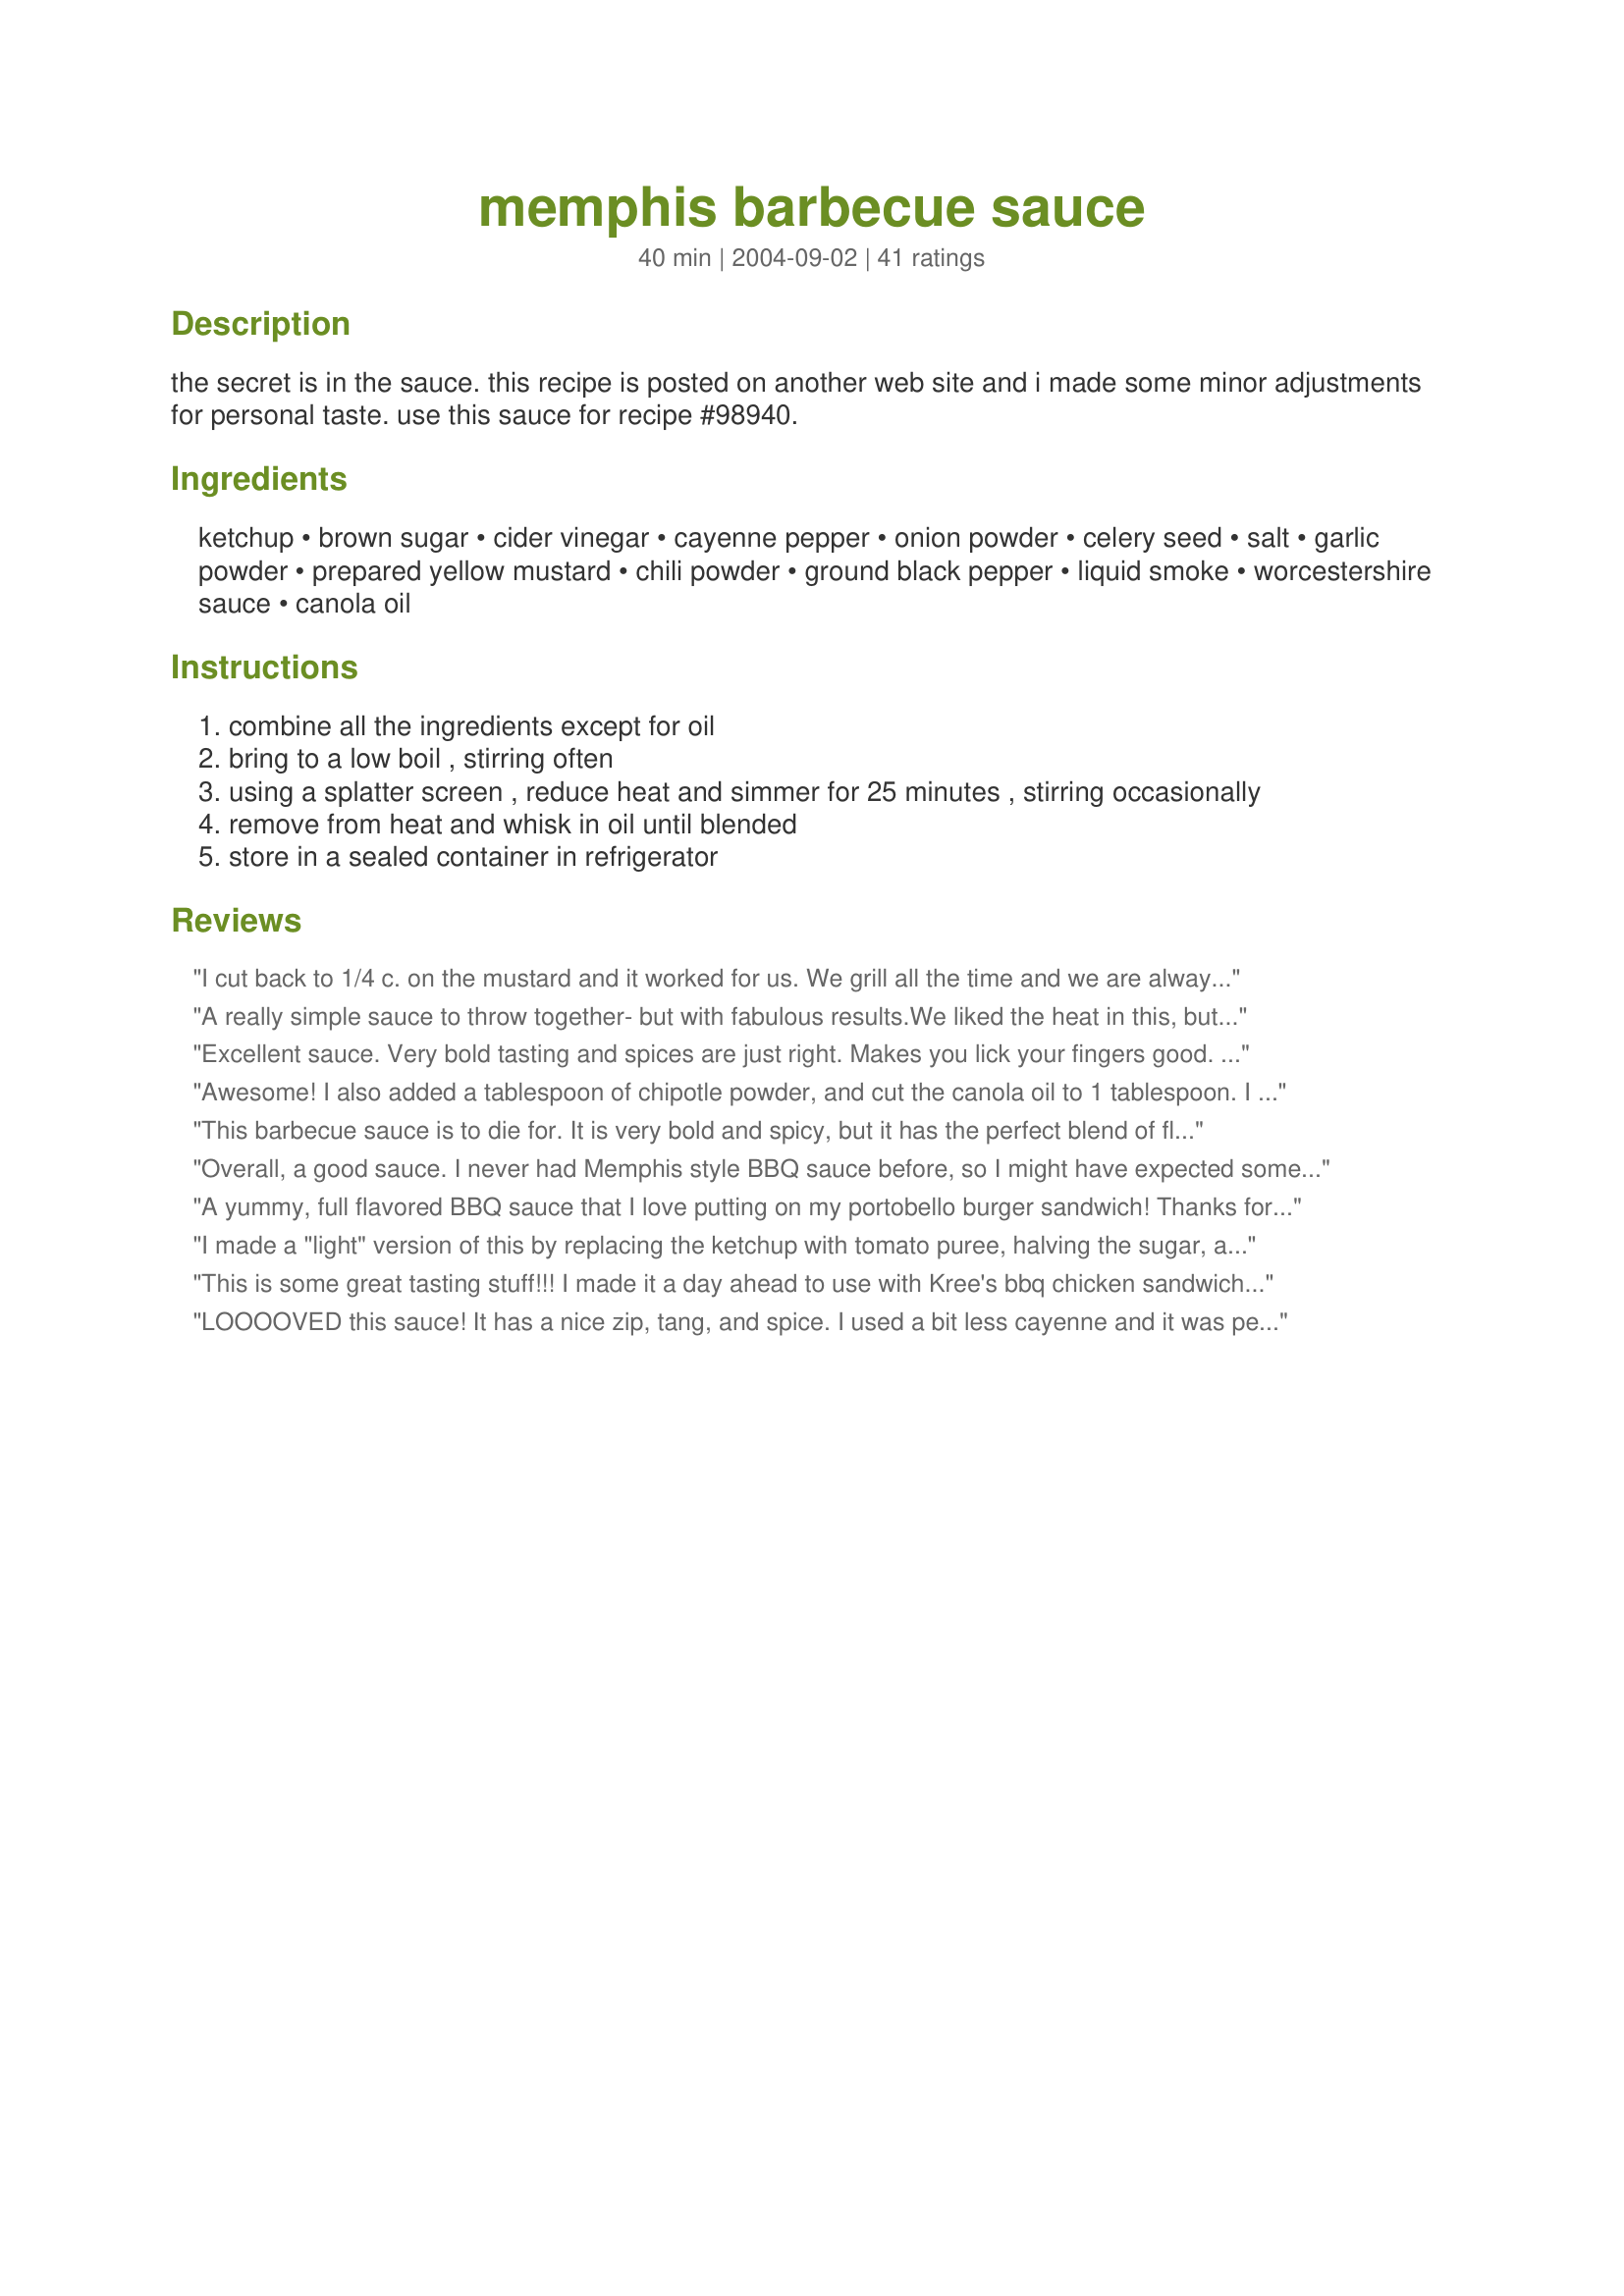
memphis barbecue sauce
Preparation time: 40 minutes

the secret is in the sauce. this recipe is posted on another web site and i made some minor adjustments for personal taste. use this sauce for recipe #98940.

Ingredients:
ketchup, brown sugar, cider vinegar, cayenne pepper, onion powder, celery seed, salt, garlic powder, prepared yellow mustard, chili powder, ground black pepper, liquid smoke, worcestershire sauce, canola oil

Steps:
combine all the ingredients except for oil
bring to a low boil , stirring often
using a splatter screen , reduce heat and simmer for 25 minutes , stirring occasionally
remove from heat and whisk in oil until blended
store in a sealed container in refrigerator

Reviews:
I cut back to 1/4 c. on the mustard and it worked for us. We grill all the time and we are always looking for new sauces to try, so we came on here to try some of the ones here. So far we have had terrific luck! This one is no exception. Tangy with lots of flavor, we enjoyed it a lot on a couple a racks of baby backs!
A really simple sauce to throw together- but with fabulous results.<br/>We liked the heat in this, but next time would cut back a little on the mustard ( but then I did use a mixture of English and American mustard).<br/>Used this on chicken, but can't wait to try it on ribs.<br/>Another triumph Paula- thank you!<br/>Made for Aus/NZ Recipe swap#71.
Excellent sauce. Very bold tasting and spices are just right. Makes you lick your fingers good. :) Great with pulled pork. I followed the recipe exactly.
Awesome! I also added a tablespoon of chipotle powder, and cut the canola oil to 1 tablespoon. I will NEVER buy sauce in a bottle again! Thanks for a terrific, and EASY, recipe.
This barbecue sauce is to die for. It is very bold and spicy, but it has the perfect blend of flavors. This is great with PaulaG's Memphis Style Baby Back Ribs #98940 or just about anything I would imagine. Hubby was even dipping potato chips in it.
Overall, a good sauce. I never had Memphis style BBQ sauce before, so I might have expected something different. I think it needs more liquid smoke.
A yummy, full flavored BBQ sauce that I love putting on my portobello burger sandwich! Thanks for a sauce I will use often!
I made a "light" version of this by replacing the ketchup with tomato puree, halving the sugar, and leaving out the oil. It was wonderful like that, I can only imagine how good it would be with the original ingredients. Of course, using the puree meant it wasn't as smooth as commercial sauce. I also found it very hot/spicy, but in a good way. I used mine to simmer some leftover roast beef, thinly sliced, for a few minutes. It was to die for, served on soft rolls with Recipe #49820 and a side of coleslaw.
This is some great tasting stuff!!! I made it a day ahead to use with Kree's bbq chicken sandwich #95569. It was so flavorful and the spiciness of it was just perfect for our tastes. This is become a regular around here....Thanks Paula
LOOOOVED this sauce! It has a nice zip, tang, and spice. I used a bit less cayenne and it was perfect for us and our kids. It was super easy to make and I will certainly make them again. I made this for the BBQ sauce contest and I'm glad I did. I used it with recipe#98940. YUM, YUM,and more YUM! Thank you!
Very good. I made it as directed the first time but found it too tangy. I suppose that is how Memphis BBQ is supposed to be? The second time I tried it I added a half cup of honey, and that mellowed it.
This was really good! I made a lot of adjustments because of the ingredients I had on hand. I used half a minced onion and 3 minced garlic cloves instead of the onion pwdr. and the garlic powder. I used a little garlic salt, half the mustard amount, few tbsp. molasses and some golden syrup.(I like mine a little sweet! :-) I didn't have any liquid smoke at all. It was really tasty and had a nice kick to it. My kids gulped it and even licked their plates! Thanks for the recipe, I'll be using this often!
Absolutely Delicious!! An explosion of flavours in every bite! No liquid smoke, but did not miss it.
This sauce is WAY too spicey for our taste-and we like spicey. All I could taste was the black pepper. If I make it again I will use a teaspoon of black pepper and probably omit the cayenne.
good sauce. i will use tomato sauce rather than ketchup next time and increase the cayenne and chili. A bit too sweet and not spicy enough for our taste.
This was my first time making barbecue sauce from scratch and this recipe was EXCELLENT!
I'm born and raised in Memphis and I have never used liquid smoke in my sauce. I make mine the same way, but I add 3 tbsp of paprika and 2 tbsp honey. It's so delicious. We use it on pork and chicken.
Very tasty sauce. Not too hot, but tangy. There are a lot of good inexpensive commercial sauces out there but this was different, and I made it myself which is cool. Glad I made it and will again.
Wow! Really good sauce. I've found so many really good bbq sauces on zaar, and this one does not disappoint. Good and tangy, sweet, with just a bit of spice, but nothing overpowering. I made this last night and let it sit in the fridge, and today it's more mellow as far as spice, but the flavors balance nicely. This is going to be used in some sloppy joes tomorrow, as dinner plans for tonight have changed, and it's gonna be great. Thanks for sharing a wonderful recipe. I used a touch more liquid smoke, as mine was weak, and added a bit of molasses. No other changes.
I made this sauce every time I cooked ribs last summer. Double the recipe, this stuff is good. The only sauce good enough to put on baby backs. Make just as is no changes needed.
This is wonderful. Thanks for sharing
This is one of the best tasting sauces I've ever had - thank you! I didn't change a thing.. I will use this alot this summer.. highly recommended!!
This is the best bbq sauce I've ever had. I'm in love with it. I use it on ribs and pulled pork sandwiches. Thanks so much for this recipe.
Used this on a burger last weekend and it is excellent!! Love making these sauces and this one is very easy to make and top!
Made this for our first official BBQ of the season. Served with burgers and hotdogs. My 8y/o, who normally hates anything with BBQ sauce, smelled it while I was cooking it and wanted to try it. I said,:"you don't like BBQ sauce",she still wanted a taste and loved it! That in itself was miraculous! This sauce has a great blend of flavors and was super easy to make. I used mesquite flavor liquid smoke.This BBQ sauce has a tang that was perfect for the hotdogs we grilled. Next time I might add a touch of molasses.
Great sauce! We loved it.
This isn't your run-of-the-mill Kansas City style BBQ sauce. This is as close as I have found to an authentic Beale Street in Memphis mop sauce.
I tweeked-it a bit by cutting the sugar in half and adding molasses in its place.
Yeah!
I made this sauce to go along with Paula's Recipe #98940 and it was fantastic! It was simple to make and tastes great. It does make a mess on your stove top so beware of that. I left out the liquid smoke since not everyone in my family likes it and I found we didn't miss it. THanks so much for posting a keeper!
It tastes pretty vinegary. Add 1/2 cup brown sugar and 1/2 cup of bourbon.
Now we&#039;re talking.
Love it!!! This is, by far, the best BBQ sauce! Perfect amount of heat and it goes great with pork ribs.
Love this sauce! Really smokie, tasty, spicy. Yummo. Note to Aussie/Kiwis - I did cut back on the chilli powder to 1 teaspoon. Also let it simmer for a lot longer than stated. Was worried about the amount of pepper but made sure it was really finely ground and also found that it mellowed with the simmering. Also found the flavours the next day really came together. Served with Paula's Memphis Style Baby Back Ribs. Also excellent on BBQ sausages. Thanks for posting :)
Recipe as written was way too hot for us. The flavor beneath the heat was good. Would half the hot pepper if we try this again. I doubled the brown sugar trying to mask some of the heat.
This was just the taste I was looking for!!!!
100 stars for this BBQ sauce, I sauteed an onion and some fresh garlic and omited the garlic powder, will make many times more, thanks for this great recipe hon!...Kitten:)
Thank you for this recipe. I served on chicken thighs and it was really good. This will be printed and put in my Tried and True cookbook.
(I'm putting two together for my sons who are now out of the house )
You have a hit here...and I have been making my own sauces for years.

I, too, used half the brown sugar and half molasses. Also cranked up the heat a bit by using a whole teaspoon of cayenne.

Good stuff
Fantastic! I have tried many different ones. This is the best in my opinion. Some of my family did complain of the heat so I guess I will have to cut back on it but the flavor was out of this world. I will be making this a lot I'm sure. Thanks for posting this recipe.
This sauce is a homerun. My kids are tough to please and they thought this was great. Adding this to my favorites
Delicious BBQ. Ended up with a very strong mustard flavor - would use less next time. Made a great marinade as well as extra for dipping. Thanks for a great tangy recipe - like I expect for Memphis style.
A delicious, versatile bbq sauce. I used it with Kree's #95569 bbq chicken sandwich recipe. I omitted celery seeds, used celery salt instead and only used 1 teaspoon liquid smoke. I will definitely be making this again. Thanks, PaulaG!
Excellent sauce! I made this for Paula's Memphis Style Baby Back Ribs #98940 but I'm sure it would be great on just about anything. Lots of flavor, kind of spicy and very easy. I'll make this again. Thanks, Paula!!
